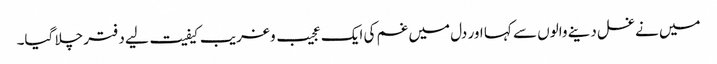
میں نے غسل دینے والوں سے کہا اور دل میں غم کی ایک عجیب و غریب کیفیت لیے دفتر چلا گیا۔